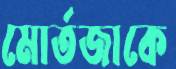
মোর্তজাকে